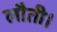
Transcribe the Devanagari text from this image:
लौती।